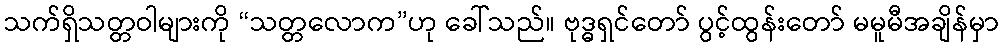
သက်ရှိသတ္တဝါများကို “သတ္တလောက”ဟု ခေါ်သည်။ ဗုဒ္ဓရှင်တော် ပွင့်ထွန်းတော် မမူမီအချိန်မှာ